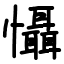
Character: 懾